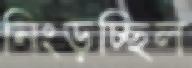
নিংড়চ্ছিল